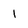
Character: 1